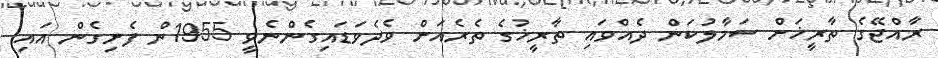
ރާއްޖޭގެ ތާރީޚަށް ސަމާލުކަން ދެއްވައި ތާރީޚުގެ ތެރެއަށް ވެދެވަޑައިގެންނެވީ 1955ން ފެށިގެން އައި